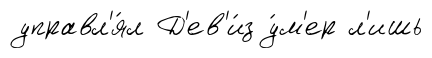
управл'я́л Д'ев'и́з у́м'ер л'ишь